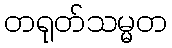
တရုတ်သမ္မတ